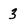
Character: 3